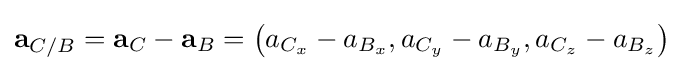
\mathbf {a} _{C/B}=\mathbf {a} _{C}-\mathbf {a} _{B}=\left(a_{C_{x}}-a_{B_{x}},a_{C_{y}}-a_{B_{y}},a_{C_{z}}-a_{B_{z}}\right)